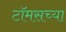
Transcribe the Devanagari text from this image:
टॉमसच्या